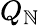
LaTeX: Q_{\mathbb{N}}